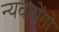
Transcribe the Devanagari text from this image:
न्यवारोंगो